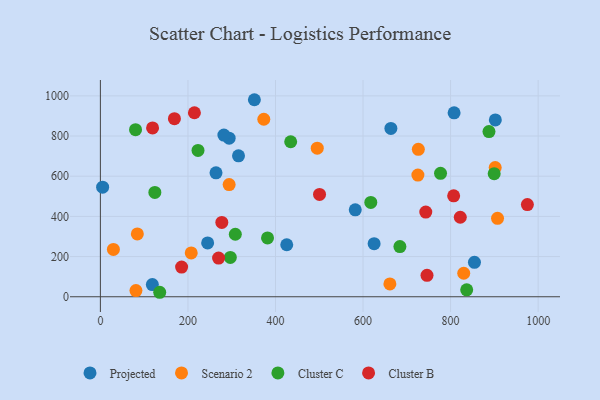
{"axis": {"x": "Experience", "y": "Profit"}, "legend": ["Cluster B", "Cluster C", "Projected", "Scenario 2"], "data": [{"x": "808.0", "y": 915.4, "type": "Projected"}, {"x": "582.2", "y": 432.5, "type": "Projected"}, {"x": "315.5", "y": 701.6, "type": "Projected"}, {"x": "118.7", "y": 60.8, "type": "Projected"}, {"x": "902.2", "y": 880.2, "type": "Projected"}, {"x": "425.7", "y": 258.8, "type": "Projected"}, {"x": "294.1", "y": 789.1, "type": "Projected"}, {"x": "625.3", "y": 264.1, "type": "Projected"}, {"x": "5.1", "y": 545.2, "type": "Projected"}, {"x": "351.8", "y": 980.7, "type": "Projected"}, {"x": "245.0", "y": 268.1, "type": "Projected"}, {"x": "663.6", "y": 837.6, "type": "Projected"}, {"x": "854.5", "y": 171.3, "type": "Projected"}, {"x": "282.1", "y": 804.6, "type": "Projected"}, {"x": "264.1", "y": 617.0, "type": "Projected"}, {"x": "207.5", "y": 218.0, "type": "Scenario 2"}, {"x": "661.3", "y": 63.8, "type": "Scenario 2"}, {"x": "84.4", "y": 312.8, "type": "Scenario 2"}, {"x": "373.3", "y": 883.5, "type": "Scenario 2"}, {"x": "725.3", "y": 605.8, "type": "Scenario 2"}, {"x": "726.3", "y": 733.7, "type": "Scenario 2"}, {"x": "830.0", "y": 117.0, "type": "Scenario 2"}, {"x": "81.2", "y": 30.9, "type": "Scenario 2"}, {"x": "495.4", "y": 739.7, "type": "Scenario 2"}, {"x": "901.9", "y": 642.9, "type": "Scenario 2"}, {"x": "29.7", "y": 235.6, "type": "Scenario 2"}, {"x": "294.1", "y": 558.4, "type": "Scenario 2"}, {"x": "907.2", "y": 390.3, "type": "Scenario 2"}, {"x": "836.8", "y": 34.4, "type": "Cluster C"}, {"x": "296.8", "y": 195.6, "type": "Cluster C"}, {"x": "80.3", "y": 831.6, "type": "Cluster C"}, {"x": "308.2", "y": 311.2, "type": "Cluster C"}, {"x": "617.7", "y": 469.5, "type": "Cluster C"}, {"x": "684.2", "y": 249.6, "type": "Cluster C"}, {"x": "223.0", "y": 728.3, "type": "Cluster C"}, {"x": "777.0", "y": 614.3, "type": "Cluster C"}, {"x": "899.6", "y": 612.7, "type": "Cluster C"}, {"x": "124.4", "y": 519.1, "type": "Cluster C"}, {"x": "434.7", "y": 771.5, "type": "Cluster C"}, {"x": "887.7", "y": 822.3, "type": "Cluster C"}, {"x": "381.8", "y": 293.0, "type": "Cluster C"}, {"x": "135.5", "y": 22.3, "type": "Cluster C"}, {"x": "277.4", "y": 370.1, "type": "Cluster B"}, {"x": "746.1", "y": 106.5, "type": "Cluster B"}, {"x": "822.1", "y": 395.7, "type": "Cluster B"}, {"x": "119.2", "y": 840.3, "type": "Cluster B"}, {"x": "743.3", "y": 421.5, "type": "Cluster B"}, {"x": "214.8", "y": 915.8, "type": "Cluster B"}, {"x": "807.0", "y": 502.4, "type": "Cluster B"}, {"x": "169.1", "y": 886.3, "type": "Cluster B"}, {"x": "270.0", "y": 192.7, "type": "Cluster B"}, {"x": "500.6", "y": 509.1, "type": "Cluster B"}, {"x": "975.4", "y": 458.7, "type": "Cluster B"}, {"x": "185.5", "y": 147.5, "type": "Cluster B"}]}